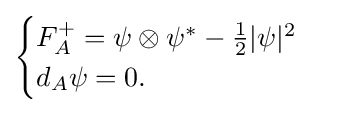
{\begin{cases}F_{A}^{+}=\psi \otimes \psi ^{*}-{\frac {1}{2}}|\psi |^{2}\\d_{A}\psi =0.\end{cases}}